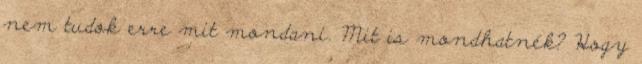
nem tudok erre mit mondani. Mit is mondhatnék? Hogy